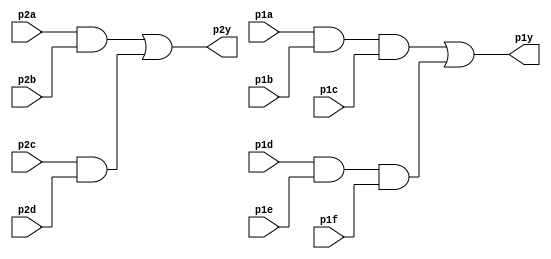
//2022-02-22 
//7458 chip
module top_module ( 
    input p1a, p1b, p1c, p1d, p1e, p1f,
    output p1y,
    input p2a, p2b, p2c, p2d,
    output p2y );

assign p1y=p1a&p1b&p1c|p1d&p1e&p1f;
assign p2y=p2a&p2b|p2c&p2d;

endmodule